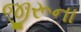
જીરૂના